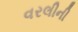
વરલીની